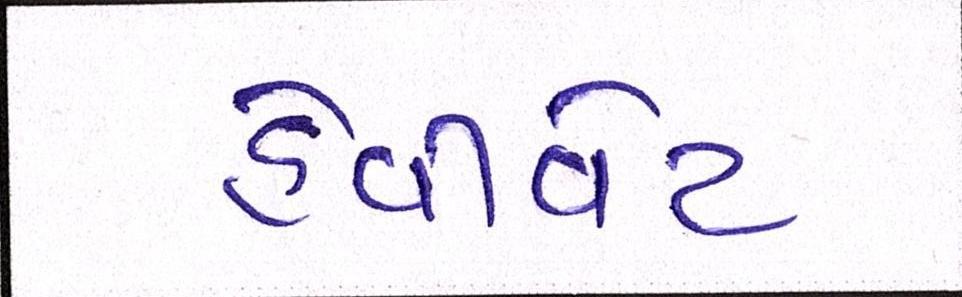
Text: હેવીવેઇટ